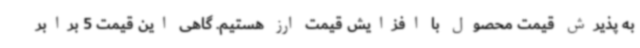
به پذیرش قیمت محصول با افزایش قیمت ارز هستیم. گاهی این قیمت 5 برابر